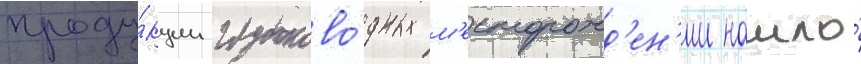
проду́кции глубоково́дных м'есторожд'ен'ии нашло́